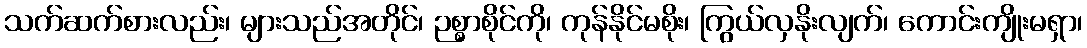
သက်ဆက်စားလည်း၊ များသည်အတိုင်၊ ဉစ္စာစိုင်ကို၊ ကုန်နိုင်မစိုး၊ ကြွယ်လှနိုးလျက်၊ ကောင်းကျိုးမရှာ၊